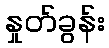
နှုတ်ခွန်း